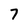
Character: 7